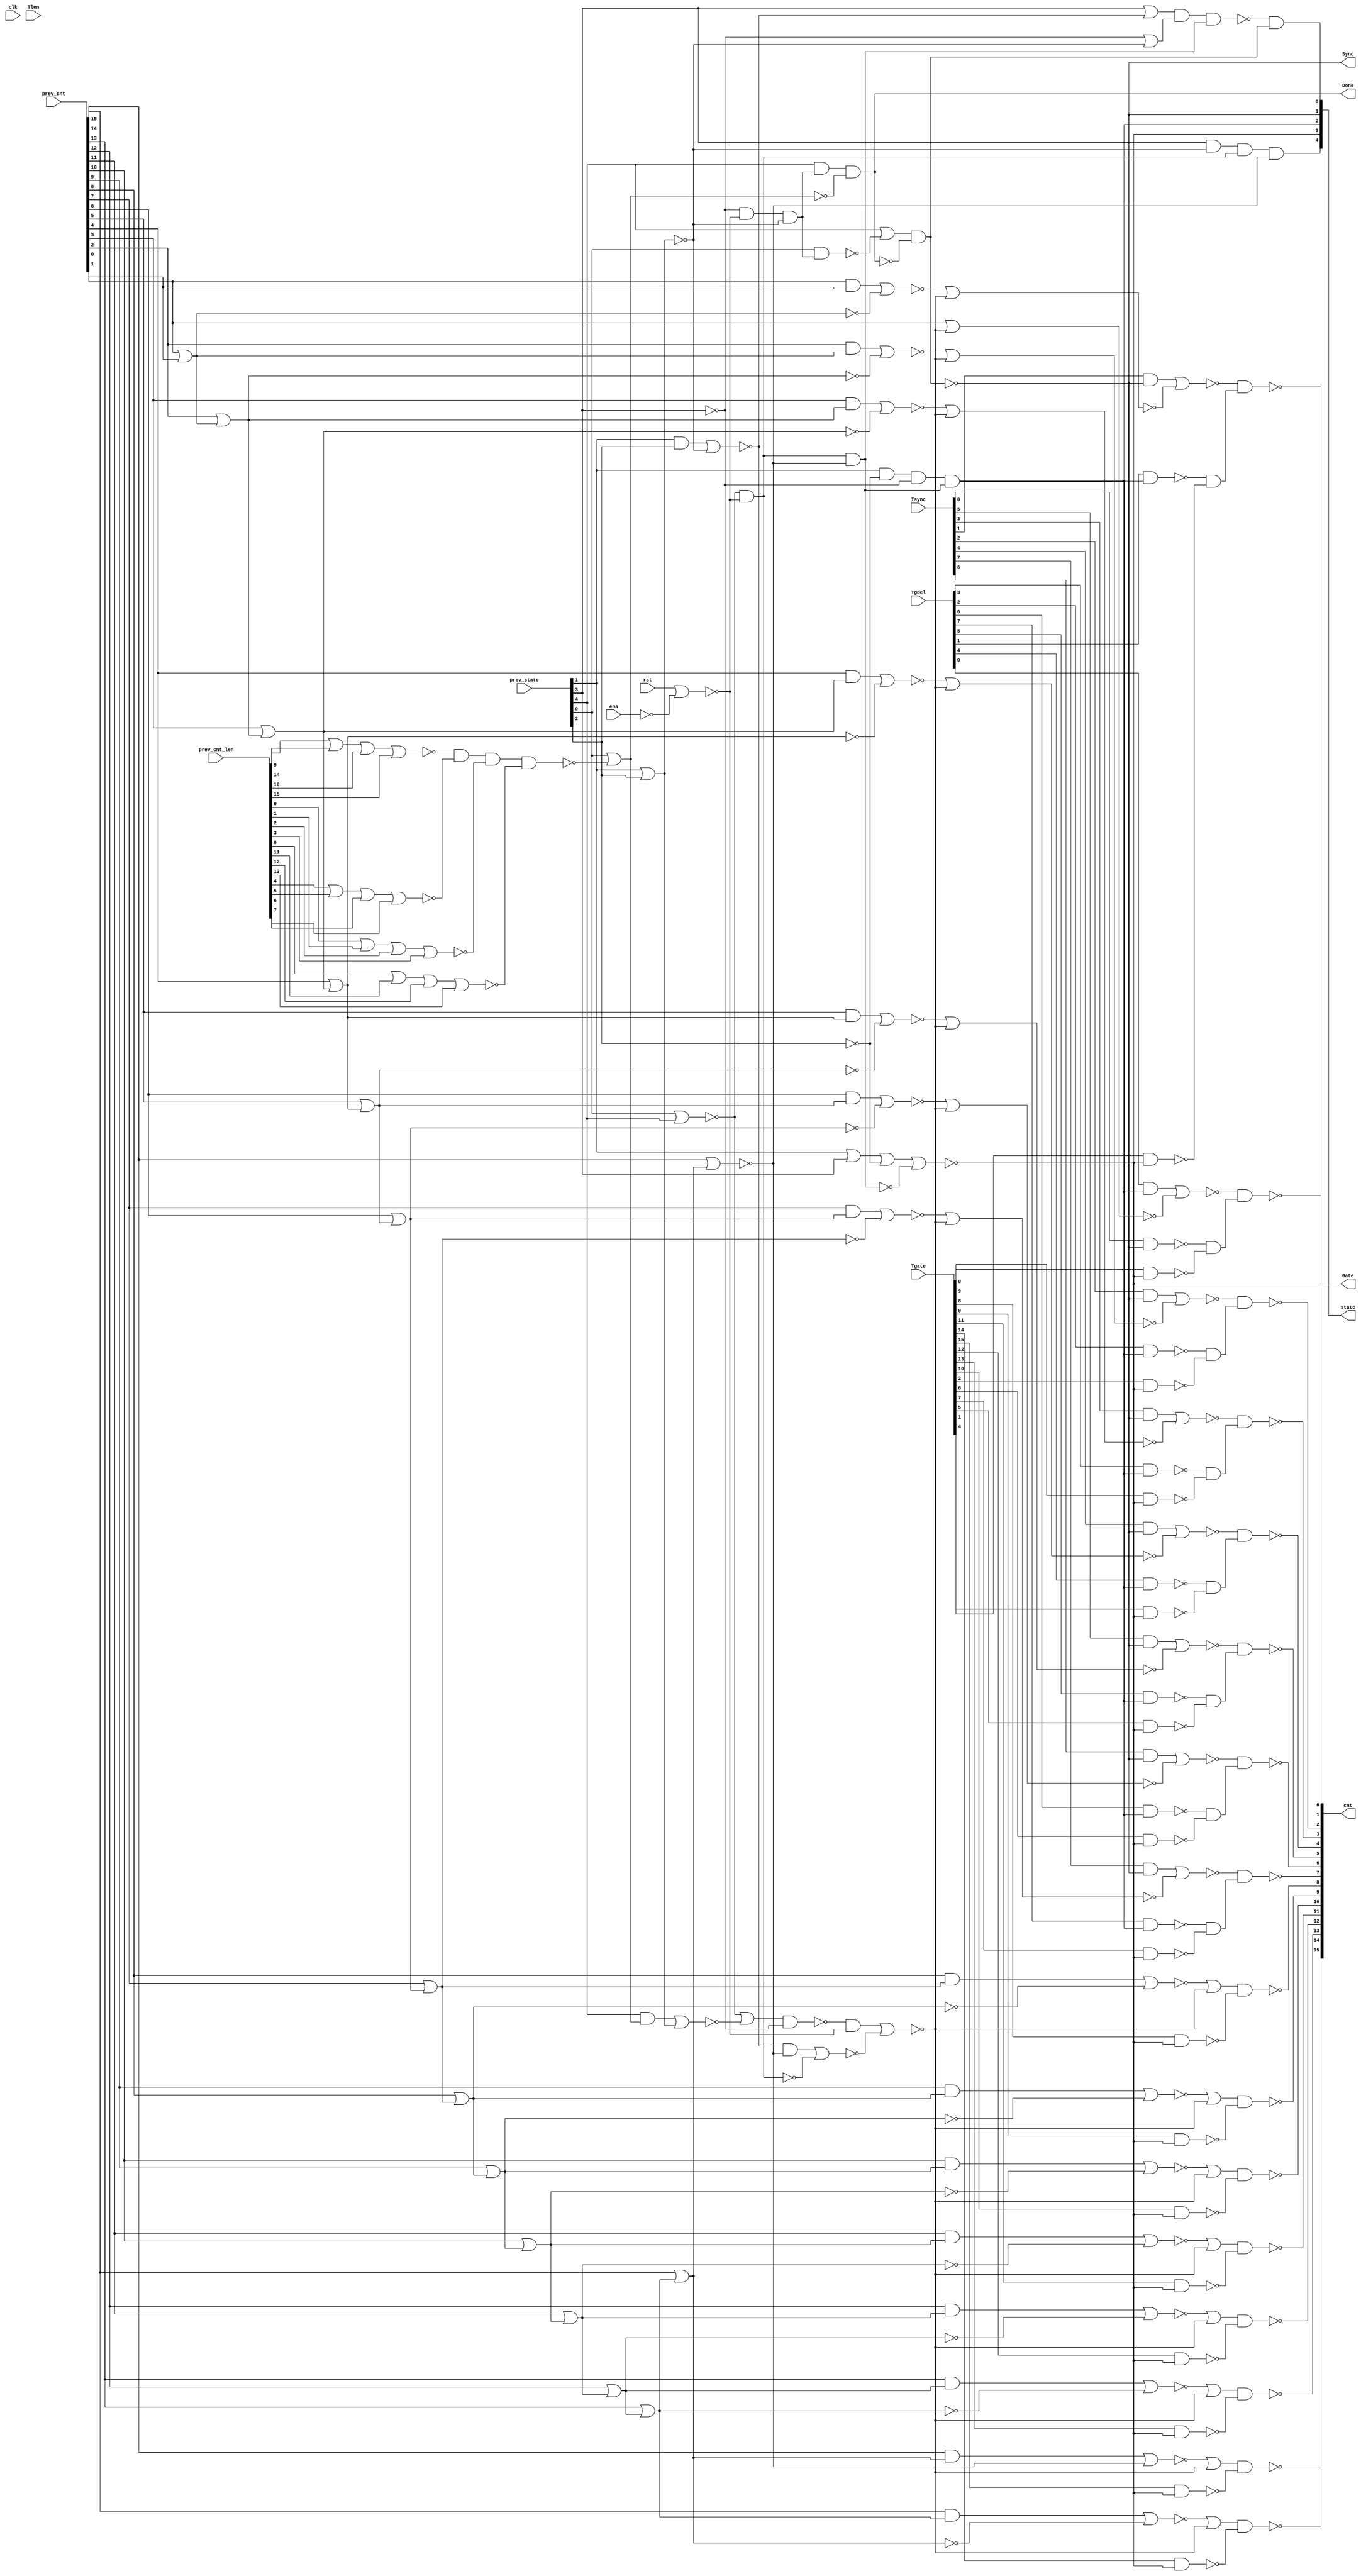

// Generated by Cadence Genus(TM) Synthesis Solution 19.20-d227_1
// Generated on: Aug  3 2021 03:02:20 PDT (Aug  3 2021 10:02:20 UTC)

// Verification Directory fv/top 

module top(clk, ena, rst, Tsync, Tgdel, Tgate, Tlen, Sync, Gate, Done,
     prev_state, prev_cnt, prev_cnt_len, cnt, state);
  input clk, ena, rst;
  input [7:0] Tsync, Tgdel;
  input [15:0] Tgate, Tlen, prev_cnt, prev_cnt_len;
  input [4:0] prev_state;
  output Sync, Gate, Done;
  output [15:0] cnt;
  output [4:0] state;
  wire clk, ena, rst;
  wire [7:0] Tsync, Tgdel;
  wire [15:0] Tgate, Tlen, prev_cnt, prev_cnt_len;
  wire [4:0] prev_state;
  wire Sync, Gate, Done;
  wire [15:0] cnt;
  wire [4:0] state;
  wire n_0, n_1, n_2, n_3, n_4, n_5, n_6, n_7;
  wire n_8, n_9, n_10, n_11, n_12, n_13, n_14, n_15;
  wire n_16, n_17, n_18, n_19, n_20, n_21, n_22, n_23;
  wire n_24, n_25, n_26, n_27, n_30, n_31, n_32, n_33;
  wire n_34, n_35, n_36, n_37, n_38, n_39, n_40, n_41;
  wire n_42, n_43, n_44, n_45, n_46, n_47, n_48, n_49;
  wire n_50, n_51, n_52, n_53, n_54, n_55, n_56, n_57;
  wire n_58, n_59, n_60, n_61, n_62, n_63, n_64, n_65;
  wire n_66, n_67, n_68, n_69, n_70, n_71, n_72, n_73;
  wire n_74, n_75, n_77, n_78, n_79, n_80, n_81, n_82;
  wire n_83, n_84, n_85, n_86, n_87, n_88, n_89, n_90;
  wire n_91, n_92, n_93, n_94, n_95, n_96, n_97, n_98;
  wire n_99, n_100, n_101, n_102, n_103, n_104, n_105, n_106;
  wire n_107, n_108, n_109, n_110, n_111, n_112, n_113, n_114;
  wire n_115, n_116, n_117, n_119, n_120, n_121, n_122, n_123;
  wire n_124, n_125, n_126, n_127, n_128, n_129, n_130, n_131;
  wire n_132, n_133, n_134, n_135, n_136, n_137;
  nand g7293 (n_137, n_105, n_113);
  nand g7294 (n_136, n_107, n_115);
  nand g7295 (n_135, n_108, n_114);
  nand g7296 (n_134, n_109, n_111);
  nand g7297 (n_133, n_121, n_112);
  nand g7298 (n_132, n_117, n_120);
  nand g7299 (n_131, n_103, n_104);
  nand g7300 (n_130, n_110, n_106);
  nand g7313 (n_129, n_80, n_97);
  nand g7310 (n_128, n_82, n_96);
  nand g7308 (n_127, n_79, n_99);
  nand g7316 (n_126, n_78, n_100);
  nand g7304 (n_125, n_90, n_102);
  nand g7302 (n_124, n_91, n_101);
  nand g7309 (n_123, n_84, n_95);
  nand g7305 (n_122, n_88, n_98);
  wire w;
  nor g7332 (n_121, w, n_81);
  and g (w, Tsync[1], n_116);
  wire w0, w1;
  and g7311 (n_120, w0, w1);
  nand g1 (w1, Tgate[2], n_75);
  nand g0 (w0, Tgdel[2], n_119);
  wire w2;
  nor g7331 (n_117, w2, n_85);
  and g2 (w2, Tsync[2], n_116);
  wire w3, w4;
  and g7301 (n_115, w3, w4);
  nand g4 (w4, Tgate[6], n_75);
  nand g3 (w3, Tgdel[6], n_119);
  wire w5, w6;
  and g7303 (n_114, w5, w6);
  nand g6 (w6, Tgate[7], n_75);
  nand g5 (w5, Tgdel[7], n_119);
  wire w7, w8;
  and g7306 (n_113, w7, w8);
  nand g8 (w8, Tgate[5], n_75);
  nand g7 (w7, Tgdel[5], n_119);
  wire w9, w10;
  and g7312 (n_112, w9, w10);
  nand g10 (w10, Tgate[1], n_75);
  nand g9 (w9, Tgdel[1], n_119);
  wire w11, w12;
  and g7307 (n_111, w11, w12);
  nand g12 (w12, Tgate[4], n_75);
  nand g11 (w11, Tgdel[4], n_119);
  wire w13;
  nor g7315 (n_110, w13, n_83);
  and g13 (w13, Tgdel[0], n_119);
  wire w14;
  nor g7325 (n_109, w14, n_77);
  and g14 (w14, Tsync[4], n_116);
  wire w15;
  nor g7326 (n_108, w15, n_94);
  and g15 (w15, Tsync[7], n_116);
  wire w16;
  nor g7327 (n_107, w16, n_87);
  and g16 (w16, Tsync[6], n_116);
  wire w17, w18;
  and g7314 (n_106, w17, w18);
  nand g18 (w18, Tgate[0], n_75);
  nand g17 (w17, Tsync[0], n_116);
  wire w19;
  nor g7328 (n_105, w19, n_86);
  and g19 (w19, Tsync[5], n_116);
  wire w20, w21;
  and g7317 (n_104, w20, w21);
  nand g21 (w21, Tgate[3], n_75);
  nand g20 (w20, Tgdel[3], n_119);
  wire w22;
  nor g7330 (n_103, w22, n_93);
  and g22 (w22, Tsync[3], n_116);
  nand g7320 (n_102, Tgate[8], n_75);
  nand g7319 (n_101, Tgate[9], n_75);
  nand g7318 (n_100, Tgate[11], n_75);
  nand g7321 (n_99, Tgate[14], n_75);
  nand g7324 (n_98, Tgate[15], n_75);
  nand g7323 (n_97, Tgate[12], n_75);
  nand g7322 (n_96, Tgate[13], n_75);
  nand g7329 (n_95, Tgate[10], n_75);
  nor g7336 (n_94, n_40, n_92);
  nor g7333 (n_93, n_21, n_92);
  or g7334 (n_91, n_46, n_92);
  or g7335 (n_90, n_43, n_92);
  and g7353 (n_89, n_73, n_30);
  or g7337 (n_88, n_63, n_92);
  nor g7338 (n_87, n_37, n_92);
  nor g7339 (n_86, n_34, n_92);
  nor g7350 (n_85, n_14, n_92);
  or g7341 (n_84, n_49, n_92);
  nor g7344 (n_83, prev_cnt[0], n_92);
  or g7345 (n_82, n_58, n_92);
  nor g7346 (n_81, n_7, n_92);
  or g7347 (n_80, n_55, n_92);
  or g7348 (n_79, n_61, n_92);
  or g7349 (n_78, n_52, n_92);
  nor g7340 (n_77, n_27, n_92);
  assign Gate = n_75;
  and g7351 (n_119, prev_state[1], n_74, n_71, n_72);
  nor g7352 (n_75, prev_state[1], prev_state[3], n_74, n_65);
  wire w23, w24;
  nand g7357 (n_73, w23, w24, n_72);
  or g24 (w24, n_71, n_69);
  or g23 (w23, prev_state[3], n_66);
  wire w25;
  nor g7355 (n_92, w25, n_68);
  and g25 (w25, n_33, n_12);
  and g7354 (n_70, prev_state[3], n_69, n_64, n_67);
  wire w26;
  nor g7356 (n_68, w26, n_11);
  and g26 (w26, n_66, n_67);
  not g7358 (n_72, n_65);
  nand g7359 (n_65, n_64, n_67);
  wire w27;
  nor g7360 (n_63, w27, n_67);
  and g27 (w27, prev_cnt[15], n_62);
  nor g7361 (n_67, prev_cnt[15], n_62);
  wire w28;
  nor g7362 (n_61, w28, n_60);
  and g28 (w28, prev_cnt[14], n_59);
  not g7363 (n_62, n_60);
  nor g7364 (n_60, prev_cnt[14], n_59);
  wire w29;
  nor g7365 (n_58, w29, n_57);
  and g29 (w29, prev_cnt[13], n_56);
  not g7366 (n_59, n_57);
  nor g7367 (n_57, prev_cnt[13], n_56);
  wire w30;
  nor g7368 (n_55, w30, n_54);
  and g30 (w30, prev_cnt[12], n_53);
  not g7369 (n_56, n_54);
  nor g7370 (n_54, prev_cnt[12], n_53);
  wire w31;
  nor g7371 (n_52, w31, n_51);
  and g31 (w31, prev_cnt[11], n_50);
  not g7372 (n_53, n_51);
  nor g7373 (n_51, prev_cnt[11], n_50);
  wire w32;
  nor g7374 (n_49, w32, n_48);
  and g32 (w32, prev_cnt[10], n_47);
  not g7375 (n_50, n_48);
  nor g7376 (n_48, prev_cnt[10], n_47);
  wire w33;
  nor g7377 (n_46, w33, n_45);
  and g33 (w33, prev_cnt[9], n_44);
  not g7378 (n_47, n_45);
  nor g7379 (n_45, prev_cnt[9], n_44);
  wire w34;
  nor g7380 (n_43, w34, n_42);
  and g34 (w34, prev_cnt[8], n_41);
  not g7382 (n_44, n_42);
  nor g7383 (n_42, prev_cnt[8], n_41);
  wire w35;
  nor g7387 (n_40, w35, n_39);
  and g35 (w35, prev_cnt[7], n_38);
  not g7389 (n_41, n_39);
  nor g7391 (n_39, prev_cnt[7], n_38);
  wire w36;
  nor g7390 (n_37, w36, n_36);
  and g36 (w36, prev_cnt[6], n_35);
  not g7395 (n_38, n_36);
  nor g7396 (n_36, prev_cnt[6], n_35);
  wire w37;
  nor g7397 (n_34, w37, n_32);
  and g37 (w37, prev_cnt[5], n_31);
  wire w38;
  nand g7381 (n_33, w38, n_71);
  or g38 (w38, n_9, n_26);
  not g7398 (n_35, n_32);
  nor g7399 (n_32, prev_cnt[5], n_31);
  not g7385 (n_30, n_116);
  assign state[1] = n_116;
  assign Sync = n_116;
  wire w39;
  nor g7401 (n_27, w39, n_25);
  and g39 (w39, prev_cnt[4], n_22);
  wire w40;
  nand g7388 (n_116, w40, n_23);
  or g40 (w40, prev_state[4], n_17);
  wire w41;
  nor g7393 (n_26, w41, n_6);
  and g41 (w41, prev_state[4], n_20);
  not g7403 (n_31, n_25);
  not g7392 (n_24, n_23);
  nor g7405 (n_25, prev_cnt[4], n_22);
  nand g7394 (n_23, prev_state[4], n_16, n_19);
  wire w42;
  nor g7406 (n_21, w42, n_18);
  and g42 (w42, prev_cnt[3], n_15);
  not g7400 (n_20, n_19);
  not g7408 (n_22, n_18);
  nor g7402 (n_19, prev_state[0], n_13);
  nand g7404 (n_17, prev_state[0], n_16);
  nor g7409 (n_18, prev_cnt[3], n_15);
  wire w43;
  nor g7410 (n_14, w43, n_10);
  and g43 (w43, prev_cnt[2], n_8);
  nand g7407 (n_13, n_5, n_2, n_4, n_3);
  and g7411 (n_16, n_71, n_12, n_69);
  not g7412 (n_64, n_11);
  not g7413 (n_15, n_10);
  nand g7415 (n_11, n_9, n_12);
  nor g7417 (n_10, prev_cnt[2], n_8);
  wire w44;
  nor g7414 (n_7, w44, n_1);
  and g44 (w44, prev_cnt[0], prev_cnt[1]);
  wire w45;
  nor g7416 (n_66, w45, n_69);
  and g45 (w45, prev_state[1], prev_state[2]);
  not g7425 (n_6, n_69);
  nor g7418 (n_5, prev_cnt_len[9], prev_cnt_len[14], prev_cnt_len[10],
       prev_cnt_len[15]);
  nor g7419 (n_4, prev_cnt_len[0], prev_cnt_len[1], prev_cnt_len[2],
       prev_cnt_len[3]);
  nor g7421 (n_3, prev_cnt_len[8], prev_cnt_len[11], prev_cnt_len[12],
       prev_cnt_len[13]);
  nor g7420 (n_2, prev_cnt_len[4], prev_cnt_len[5], prev_cnt_len[6],
       prev_cnt_len[7]);
  not g7424 (n_8, n_1);
  nor g7423 (n_12, rst, n_0);
  nor g7426 (n_1, prev_cnt[0], prev_cnt[1]);
  nor g7422 (n_9, prev_state[0], prev_state[4]);
  nor g7427 (n_69, prev_state[1], prev_state[2]);
  not g7428 (n_0, ena);
  not g7429 (n_74, prev_state[2]);
  not g7430 (n_71, prev_state[3]);
  assign state[2] = n_119;
  assign state[3] = n_75;
  assign state[0] = n_89;
  assign state[4] = n_70;
  assign cnt[15] = n_122;
  assign cnt[12] = n_129;
  assign cnt[10] = n_123;
  assign cnt[9] = n_124;
  assign cnt[8] = n_125;
  assign cnt[11] = n_126;
  assign cnt[14] = n_127;
  assign cnt[13] = n_128;
  assign cnt[4] = n_134;
  assign cnt[3] = n_131;
  assign cnt[2] = n_132;
  assign cnt[1] = n_133;
  assign cnt[5] = n_137;
  assign cnt[7] = n_135;
  assign cnt[6] = n_136;
  assign cnt[0] = n_130;
  assign Done = n_24;
endmodule